Report on the lunatic asylums under the Government of Bombay - 1904-1913
Year: 1904
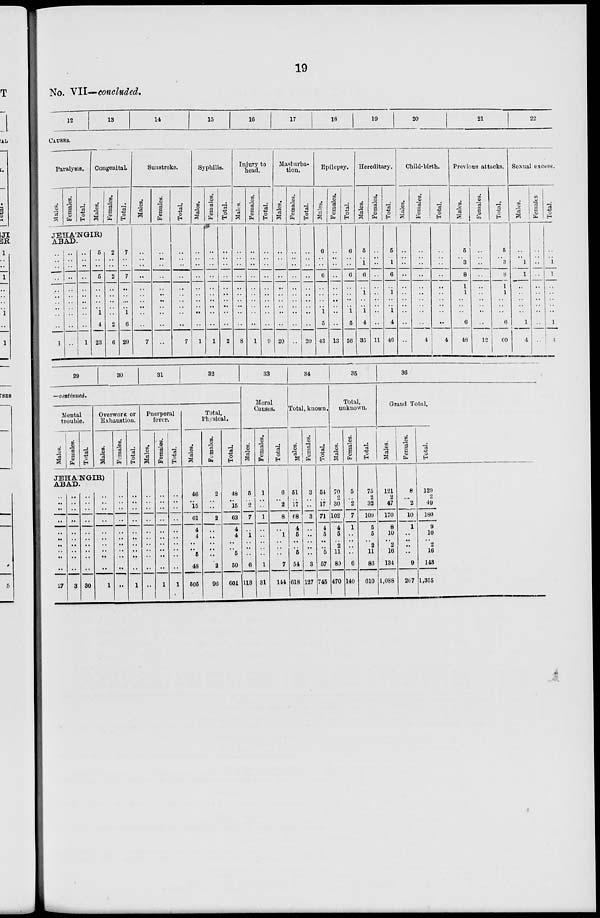
19
No. VII—concluded.
12
13
14
15
16
17
18
19
20
21
22
CAUSES.
Paralysis.
Males.
Females.
Total.
Congenital.
Males.
JEHÁNGIR)
ABAD.
..
..
..
..
..
..
..
..
..
..
1
..
..
..
..
..
..
..
..
..
..
..
..
..
..
..
..
..
..
..
..
..
1
5
..
..
5
..
..
..
..
1
4
23
Females.
2
..
..
2
..
..
..
..
..
2
6
Total.
7
..
..
7
..
..
..
..
1
6
29
Sunstroke.
Males.
..
..
..
..
..
..
..
..
..
..
7
Females.
..
..
..
..
..
..
..
..
..
..
..
Total.
..
..
..
..
..
..
..
..
..
..
7
Syphilis.
Males.
..
..
..
..
..
..
..
..
..
..
1
Females.
..
..
..
..
..
..
..
..
..
..
1
Total.
..
..
..
..
..
..
..
..
..
..
2
Injury to
head.
Males.
..
..
..
..
..
..
..
..
..
..
8
Females.
..
..
..
..
..
..
..
..
..
..
1
Total.
..
..
..
..
..
..
..
..
..
..
9
Masturba-
tion.
Males.
..
..
..
..
..
..
..
..
..
..
20
Females.
..
..
..
..
..
..
..
..
..
..
..
Total.
..
..
..
..
..
..
..
..
..
..
20
Epilepsy.
Males.
6
..
..
6
..
..
..
..
1
5
43
Females.
..
..
..
..
..
..
..
..
..
..
13
Total.
6
..
..
6
..
..
..
..
1
5
56
Hereditary.
Males.
5
.. 1
6
..
1
..
..
1
4
35
Females.
..
.. ..
..
..
..
..
..
..
..
11
Total.
5
.. 1
6
..
1
..
..
1
4
46
Child-birth.
Males.
..
.. ..
..
..
..
..
..
..
..
..
Females.
..
.. ..
..
..
..
..
..
..
..
4
Total.
..
..
..
..
..
..
..
..
..
..
4
Previous attacks.
Males.
5
.. 3
8
1
1
..
..
..
6
48
Females.
..
.. ..
..
..
..
..
..
..
..
12
Total.
5
.. 3
8
1
1
..
..
..
6
60
Sexual excess.
Males.
..
.. 1
1
..
..
..
..
..
1
4
Females.
..
.. ..
..
..
..
..
..
..
..
..
Total.
..
.. 1
1
..
..
..
..
..
1
4
29
30
31
32
—continued.
Mental
trouble.
Males.
Females.
Total.
Overwork or
Exhaustion.
Males.
JEHÁNGIR)
ABAD.
..
..
..
..
..
..
..
..
..
..
27
..
..
..
..
..
..
..
..
..
..
3
..
..
..
..
..
..
..
..
..
..
30
..
..
..
..
..
..
..
..
..
..
1
Females.
..
..
..
..
..
..
..
..
..
..
..
Total.
..
..
..
..
..
..
..
..
..
..
1
Puerperal
fever.
Males.
..
..
..
..
..
..
..
..
..
..
..
Females.
..
..
..
..
..
..
..
..
..
..
1
Total.
..
..
..
..
..
..
..
..
..
..
1
Total,
Physical.
Males.
46
..
15
61
4
4
..
..
5
48
505
Females.
2
..
..
2
..
..
..
..
..
2
96
Total.
48
..
15
63
4
4
..
..
5
50
601
33
Moral
Causes.
Males.
5
..
2
7
..
1
..
..
..
6
113
Females.
1
..
..
1
..
..
..
..
..
1
31
Total.
6
..
2
8
..
1
..
..
..
7
144
34
Total, known.
Males.
51
..
17
68
4
5
..
..
5
54
618
Females.
3
..
..
3
..
..
..
..
..
3
127
Total.
54
..
17
71
4
5
..
..
5
57
745
35
Total,
unknown.
Males.
70
2
30
102
4
5
..
2
11
80
470
Females.
5
..
2
7
1
..
..
..
..
6
140
Total.
75
2
32
109
5
5
..
2
11
86
610
36
Grand Total.
Males.
121
2
47
170
8
10
..
2
16
134
1,088
Females.
8
..
2
10
1
..
..
..
..
9
267
Total
129
2
49
180
9
10
..
2
16
143
1,355